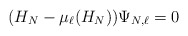
\begin{align*}(H_N - \mu_\ell(H_N) ) \Psi_{N,\ell} =0\end{align*}